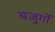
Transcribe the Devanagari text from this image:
बज़ुर्गों